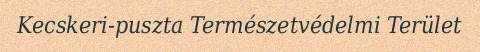
Kecskeri-puszta Természetvédelmi Terület